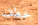
خطف